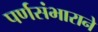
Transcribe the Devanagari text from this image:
पर्णसंभाराने